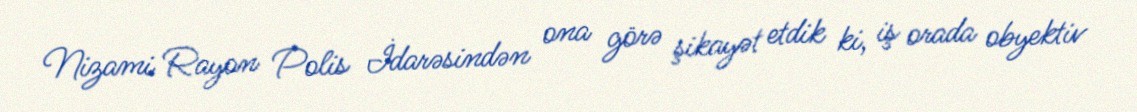
Nizami Rayon Polis İdarəsindən ona görə şikayət etdik ki, iş orada obyektiv